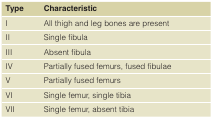
| Type | Characteristic |
 | --- | --- |
 | I | All thigh and leg bones are present |
 | II | Single fibula |
 | III | Absent fibula |
 | IV | Partially fused femurs, fused fibulae |
 | V | Partially fused femurs |
 | VI | Single femur, single tibia |
 | VII | Single femur, absent tibia |